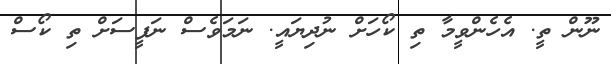
ނޫން ތީ. އެހެންވީމާ ތި ކޯހަށް ނުދިޔައީ. ނަމަވެސް ނަފީސަށް ތި ކޯސް